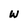
Character: W